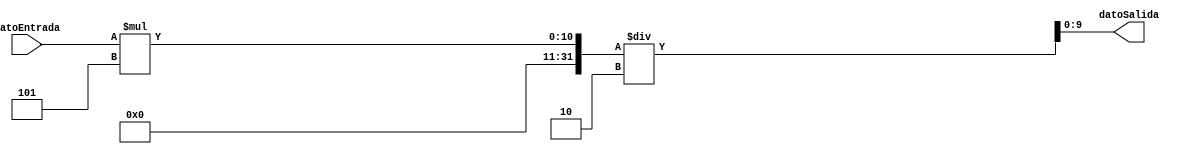
`timescale 1ns / 1ps
//////////////////////////////////////////////////////////////////////////////////
// Company: 
// Engineer: 
// 
// Design Name: 
// Module Name:    Convertidor 
// Project Name: 
// Target Devices: 
// Tool versions: 
// Description: 
//
// Dependencies: 
//
// Revision: 
// Revision 0.01 - File Created
// Additional Comments: 
//
//////////////////////////////////////////////////////////////////////////////////
module Convertidor(
		//input clk,
		input [7:0] datoEntrada,
		output reg [9:0] datoSalida
    );

	always @* begin 
		datoSalida = datoEntrada *5/2;
	end
	
endmodule